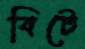
বিটে